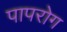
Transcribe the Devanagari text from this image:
पापरोग